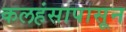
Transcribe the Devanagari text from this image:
कलहंसापासून